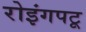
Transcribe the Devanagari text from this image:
रोइंगपटू